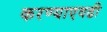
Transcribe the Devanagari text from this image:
करण्याएवढी